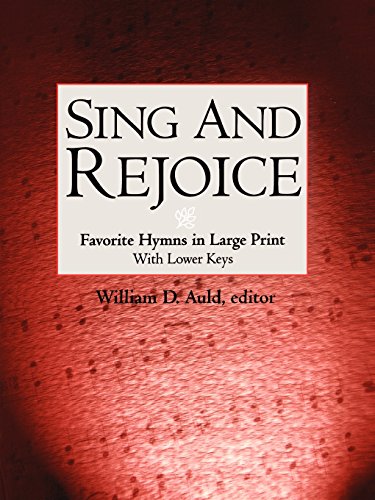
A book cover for Sing and Rejoice: Favorite Hymns in Large Print (Favourite Hymns in Large Print with Lower Keys); Christian Books & Bibles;